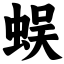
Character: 蜈